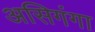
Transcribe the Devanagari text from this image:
असिगंगा